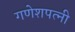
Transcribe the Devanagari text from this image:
गणेशपत्नी